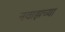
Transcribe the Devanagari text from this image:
नवाझच्या